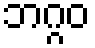
ဘဂ္ဂဝ